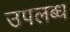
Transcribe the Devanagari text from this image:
उपल्‍ाब्‍ध